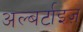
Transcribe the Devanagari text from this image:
अल्बर्टाइज़